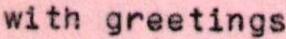
with greetings